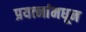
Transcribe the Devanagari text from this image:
प्रयत्‍नांमधून